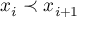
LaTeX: x _ { i } \prec x _ { i + 1 }